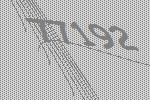
77192